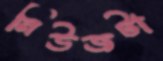
নিউজটা